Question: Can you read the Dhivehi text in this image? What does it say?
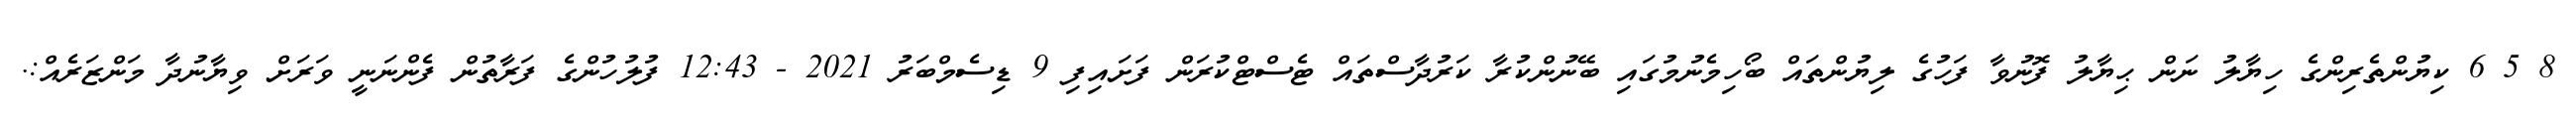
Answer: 8 5 6 ކިޔުންތެރިންގެ ހިޔާލު ނަން ޙިޔާލު ފޮނުވާ ފަހުގެ ލިޔުންތައް ބޯހިމެނުމުގައި ބޭނުންކުރާ ކަރުދާސްތައް ޓެސްޓްކުރަން ފަށައިފި 9 ޑިސެމްބަރު 2021 - 12:43 ފުލުހުންގެ ފަރާތުން ފެންނަނީ ވަރަށް ވިޔާނުދާ މަންޒަރެއް:.